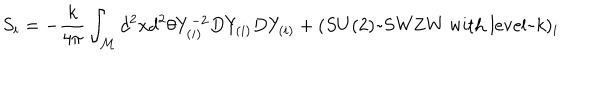
S _ { i } = - \frac { k } { 4 \pi } \int _ { \cal M } d ^ { 2 } x d ^ { 2 } \theta Y _ { ( i ) } ^ { - 2 } D Y _ { ( i ) } D Y _ { ( i ) } + ( S U ( 2 ) \mathrm { ~ S W Z W ~ w i t h ~ l e v e l ~ } k ) _ { i }